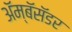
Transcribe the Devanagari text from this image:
ॲम्बॅसॅडर